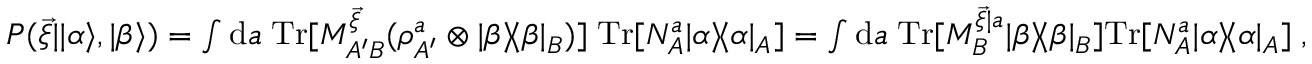
\begin{array} { r } { P ( \vec { \xi } | | \alpha \rangle , | \beta \rangle ) = \int \mathrm { d } a \; \mathrm { T r } [ M _ { A ^ { \prime } B } ^ { \vec { \xi } } ( \rho _ { A ^ { \prime } } ^ { a } \otimes | \beta \rangle \! \langle \beta | _ { B } ) ] \; \mathrm { T r } [ N _ { A } ^ { a } | \alpha \rangle \! \langle \alpha | _ { A } ] = \int \mathrm { d } a \; \mathrm { T r } [ M _ { B } ^ { \vec { \xi } | a } | \beta \rangle \! \langle \beta | _ { B } ] \mathrm { T r } [ N _ { A } ^ { a } | \alpha \rangle \! \langle \alpha | _ { A } ] \; , } \end{array}